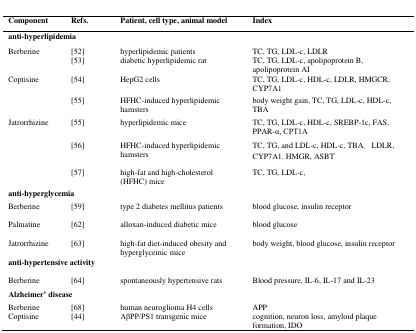
<table><thead><tr><td><b>Component</b></td><td><b>Refs.</b></td><td><b>Patient, cell type, animal model</b></td><td><b>Index</b></td></tr></thead><tbody><tr><td>anti-hyperlipidemia</td></tr><tr><td rowspan="2">Berberine</td><td>[52]</td><td>hyperlipidemic patients</td><td>TC, TG, LDL-c, LDLR</td></tr><tr><td>[53]</td><td>diabetic hyperlipidemic rat</td><td>TC, TG, LDL-c, apolipoprotein B, apolipoprotein AI</td></tr><tr><td rowspan="2">Coptisine</td><td>[54]</td><td>HepG2 cells</td><td>TC, TG, LDL-c, HDL-c, LDLR, HMGCR, CYP7A1</td></tr><tr><td>[55]</td><td>HFHC-induced hyperlipidemic hamsters</td><td>body weight gain, TC, TG, LDL-c, HDL-c, TBA</td></tr><tr><td rowspan="3">Jatrorrhizine</td><td>[55]</td><td>hyperlipidemic mice</td><td>TC, TG, LDL-c, HDL-c, SREBP-1c, FAS, PPAR-α, CPT1A</td></tr><tr><td>[56]</td><td>HFHC-induced hyperlipidemic hamsters</td><td>TC, TG, and LDL-c, HDL-c, TBA,LDLR, CYP7A1, HMGR, ASBT</td></tr><tr><td>[57]</td><td>high-fat and high-cholesterol (HFHC) mice</td><td>TC, TG, LDL-c,</td></tr><tr><td>anti-hyperglycemia</td></tr><tr><td>Berberine</td><td>[59]</td><td>type 2 diabetes mellitus patients</td><td>blood glucose, insulin receptor</td></tr><tr><td>Palmatine</td><td>[62]</td><td>alloxan-induced diabetic mice</td><td>blood glucose</td></tr><tr><td>Jatrorrhizine</td><td>[63]</td><td>high-fat diet-induced obesity and hyperglycemic mice</td><td>body weight, blood glucose, insulin receptor</td></tr><tr><td>anti-hypertensive activity</td></tr><tr><td>Berberine</td><td>[64]</td><td>spontaneously hypertensive rats</td><td>Blood pressure, IL-6, IL-17 and IL-23</td></tr><tr><td>Alzheimer’ disease</td></tr><tr><td>Berberine</td><td>[68]</td><td>human neuroglioma H4 cells</td><td>APP</td></tr><tr><td>Coptisine</td><td>[44]</td><td>AβPP/PS1 transgenic mice</td><td>cognition, neuron loss, amyloid plaque formation, IDO</td></tr></tbody></table>